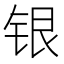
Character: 银